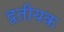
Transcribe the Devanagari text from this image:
द्वतीयक